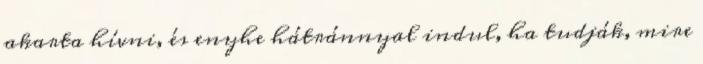
akarta hívni, és enyhe hátránnyal indul, ha tudják, mire